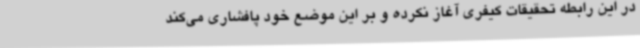
در این رابطه تحقیقات کیفری آغاز نکرده و بر این موضع خود پافشاری می‌کند